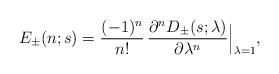
LaTeX: \begin{align*}E_\pm(n;s)={(-1)^{n}\over n!}\, {\partial^n D_\pm(s;\lambda)\over\partial\lambda^n}\Bigr\vert_{\lambda=1},\end{align*}